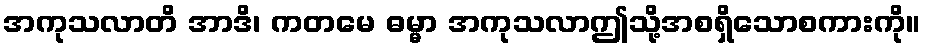
အကုသလာတိ အာဒိ၊ ကတမေ ဓမ္မာ အကုသလာဤသို့အစရှိသောစကားကို။